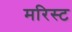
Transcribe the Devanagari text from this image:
मरिस्ट